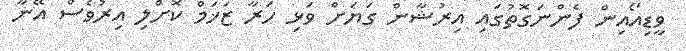
ވީޑިއޯއިން ފެންނަގޮތުގައި އިރުޝާން ގަޔަށް ވަޅި ހަރާ ޒަޚަމް ކޮށްލި އިރުވެސް އޭނާ